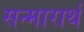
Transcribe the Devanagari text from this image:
सन्मारार्थ